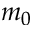
m _ { 0 }